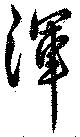
渾